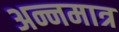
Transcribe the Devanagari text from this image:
अन्नमात्र